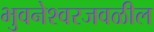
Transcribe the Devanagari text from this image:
भुवनेश्वरजवळील